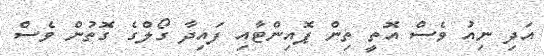
އަދި ނިއު ވެސް އޮތީ ތިން ޕޮއިންޓާއި ފައިދާ ގޯލްގެ ގޮތުން ވެސް